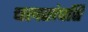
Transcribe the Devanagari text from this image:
चलसंपत्ति